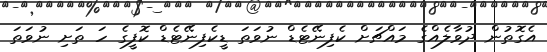
އެގޮތުން ދުވާލެއްގެ މައްޗަށް ކެފިނޭޓެޑް ނުވަތަ ޑީކެފިނޭޓެޑް ކޮފީގެ ހަ ތަށި ނުވަތަ